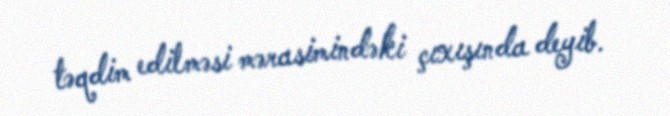
təqdim edilməsi mərasimindəki çıxışında deyib.